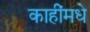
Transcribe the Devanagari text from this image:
काहींमधे